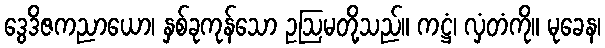
ဒွေဒိဇကညာယော၊ နှစ်ခုကုန်သော ဥဩမတို့သည်။ ကဋ္ဌံ၊ လှံတံကို။ မုခေန၊